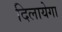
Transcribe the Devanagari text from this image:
दिलायेगा